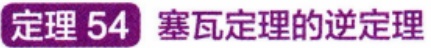
定理 54 塞瓦定理的逆定理